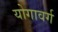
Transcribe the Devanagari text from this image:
योगावर्ग